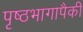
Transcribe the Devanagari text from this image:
पृष्ठभागापैकी